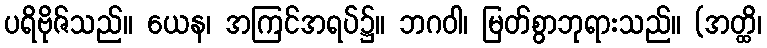
ပရိဗိုဇ်သည်။ ယေန၊ အကြင်အရပ်၌။ ဘဂဝါ၊ မြတ်စွာဘုရားသည်။ (အတ္ထိ၊